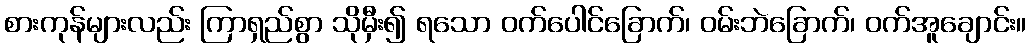
စားကုန်များလည်း ကြာရှည်စွာ သိုမှီး၍ ရသော ဝက်ပေါင်ခြောက်၊ ဝမ်းဘဲခြောက်၊ ဝက်အူချောင်း။